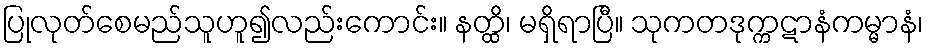
ပြုလုတ်စေမည်သူဟူ၍လည်းကောင်း။ နတ္ထိ၊ မရှိရာပြီ။ သုကတဒုက္ကဋာနံကမ္မာနံ၊